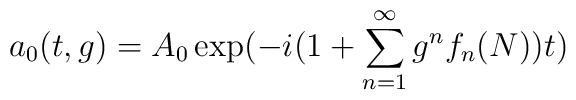
a_{0}(t,g)=A_{0}\exp(-i(1+\sum _{n=1}^{\infty }g^{n}f_{n}(N))t)